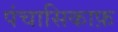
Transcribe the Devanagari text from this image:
पंचासिकाफ़